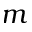
m